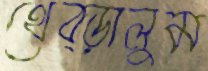
থেব্‌ড়ালুম